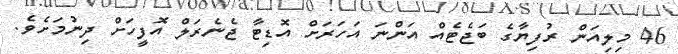
46 މިލިއަން ރުފިޔާގެ ބަޖެޓެއް އަންނަ އަހަރަށް އޮޑިޓާ ޖެނެރަލް އޮފީހަށް ދިނުމަށެވެ.